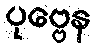
ပုဗ္ဗေန